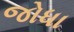
જોધા